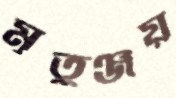
মৃতুঞ্জয়